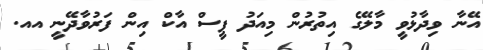
އޭނާ ވިދާޅުވީ މާލޭގެ އިތުރުން މިއަދު ޕީސް އާކް އިން ފަރުވާދޭނީ އއ.